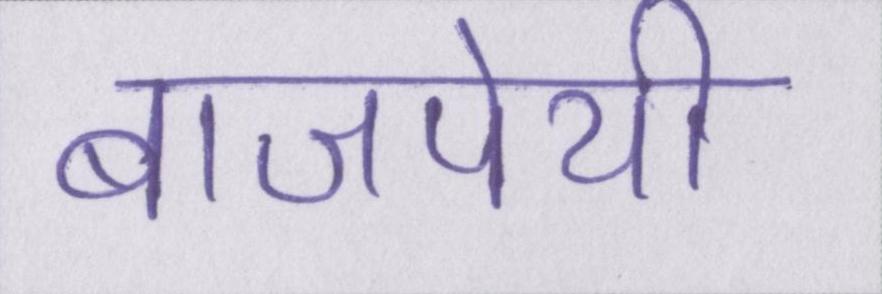
बाजपेयी